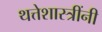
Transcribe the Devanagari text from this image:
थत्तेशास्त्रींनी